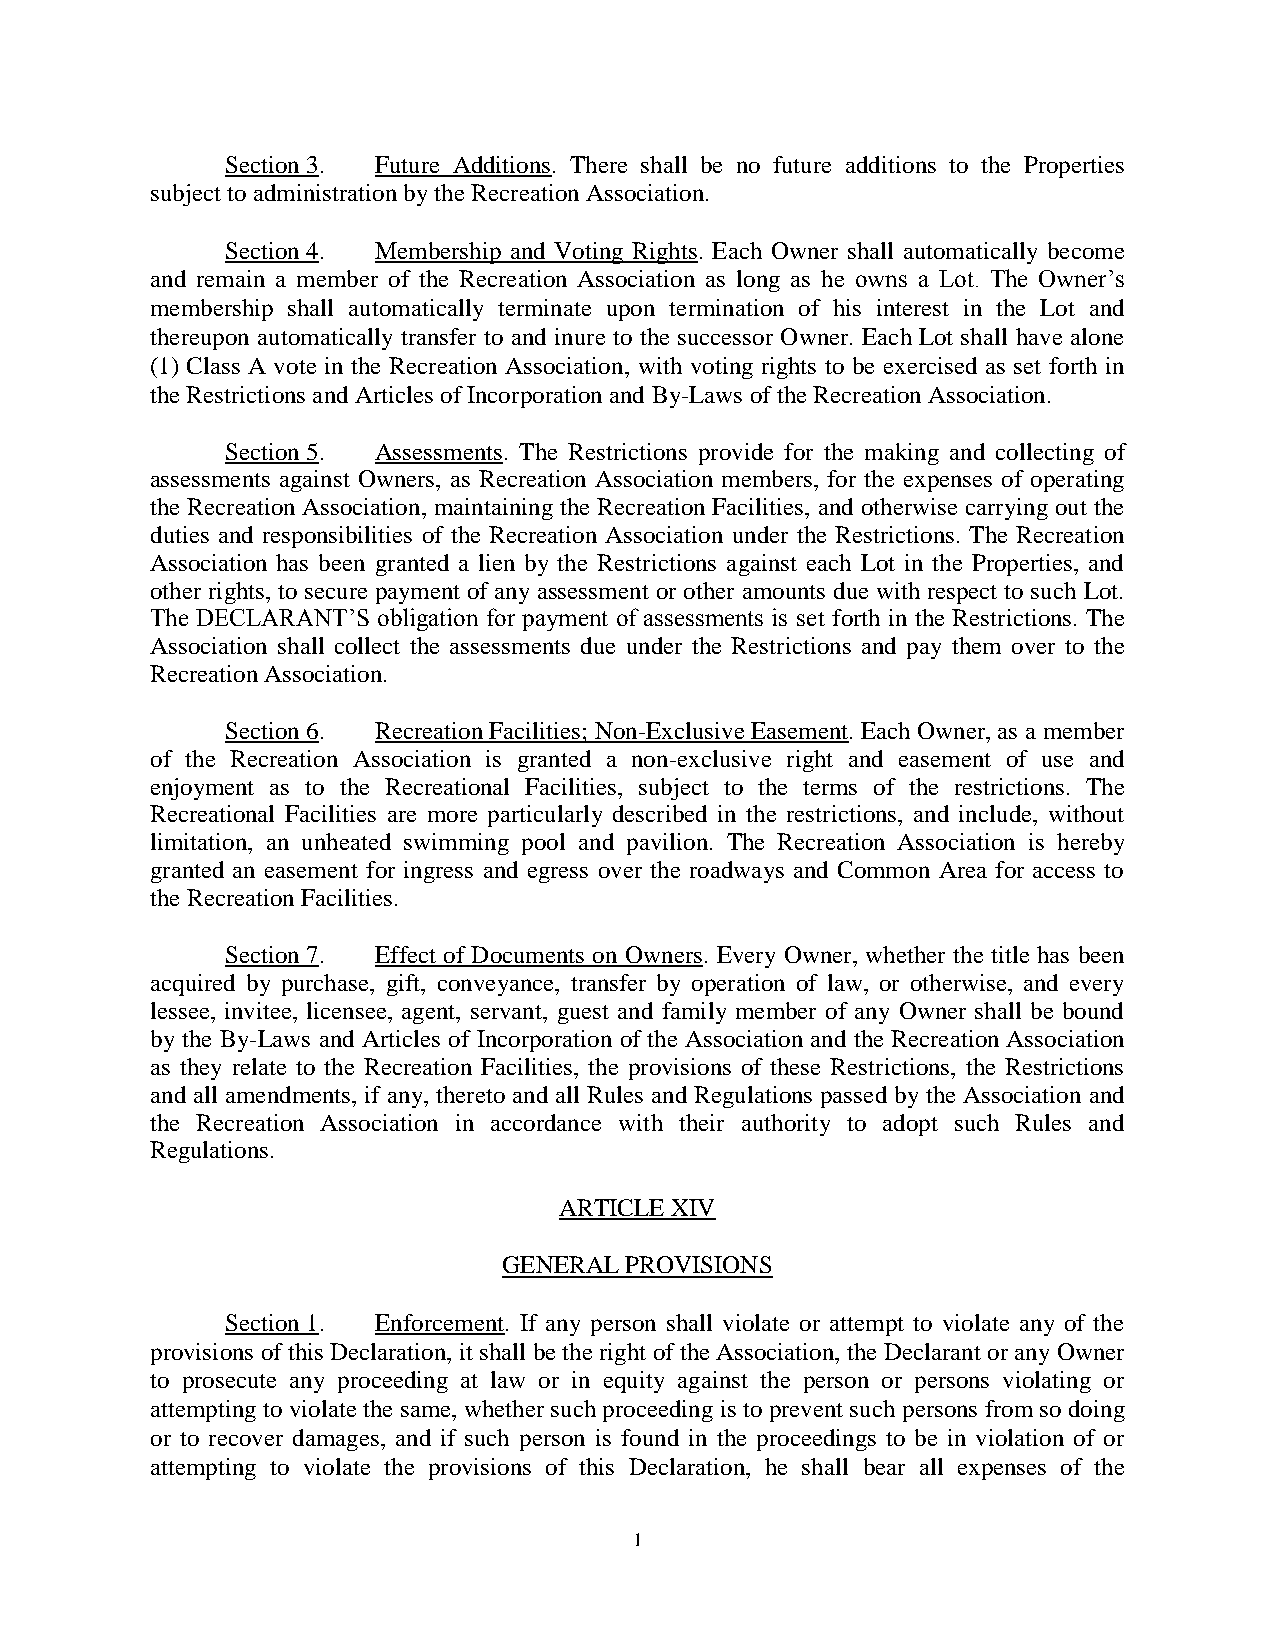
Section 3. Future Additions. There shall be no future additions to the Properties
 subject to administration by the Recreation Association.
 Section 4. Membership and Voting Rights. Each Owner shall automatically become
 and remain a member of the Recreation Association as long as he owns a Lot. The Owner’s
 membership shall automatically terminate upon termination of his interest in the Lot and
 thereupon automatically transfer to and inure to the successor Owner. Each Lot shall have alone
 (1) Class A vote in the Recreation Association, with voting rights to be exercised as set forth in
 the Restrictions and Articles of Incorporation and By-Laws of the Recreation Association.
 Section 5. Assessments. The Restrictions provide for the making and collecting of
 assessments against Owners, as Recreation Association members, for the expenses of operating
 the Recreation Association, maintaining the Recreation Facilities, and otherwise carrying out the
 duties and responsibilities of the Recreation Association under the Restrictions. The Recreation
 Association has been granted a lien by the Restrictions against each Lot in the Properties, and
 other rights, to secure payment of any assessment or other amounts due with respect to such Lot.
 The DECLARANT’S obligation for payment of assessments is set forth in the Restrictions. The
 Association shall collect the assessments due under the Restrictions and pay them over to the
 Recreation Association.
 Section 6. Recreation Facilities; Non-Exclusive Easement. Each Owner, as a member
 of the Recreation Association is granted a non-exclusive right and easement of use and
 enjoyment as to the Recreational Facilities, subject to the terms of the restrictions. The
 Recreational Facilities are more particularly described in the restrictions, and include, without
 limitation, an unheated swimming pool and pavilion. The Recreation Association is hereby
 granted an easement for ingress and egress over the roadways and Common Area for access to
 the Recreation Facilities.
 Section 7. Effect of Documents on Owners. Every Owner, whether the title has been
 acquired by purchase, gift, conveyance, transfer by operation of law, or otherwise, and every
 lessee, invitee, licensee, agent, servant, guest and family member of any Owner shall be bound
 by the By-Laws and Articles of Incorporation of the Association and the Recreation Association
 as they relate to the Recreation Facilities, the provisions of these Restrictions, the Restrictions
 and all amendments, if any, thereto and all Rules and Regulations passed by the Association and
 the Recreation Association in accordance with their authority to adopt such Rules and
 Regulations.
 ARTICLE XIV
 GENERAL PROVISIONS
 Section 1. Enforcement. If any person shall violate or attempt to violate any of the
 provisions of this Declaration, it shall be the right of the Association, the Declarant or any Owner
 to prosecute any proceeding at law or in equity against the person or persons violating or
 attempting to violate the same, whether such proceeding is to prevent such persons from so doing
 or to recover damages, and if such person is found in the proceedings to be in violation of or
 attempting to violate the provisions of this Declaration, he shall bear all expenses of the
 1